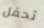
تحفل